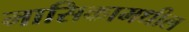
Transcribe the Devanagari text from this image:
मासिकामधील